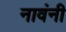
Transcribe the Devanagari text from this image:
नावंनी